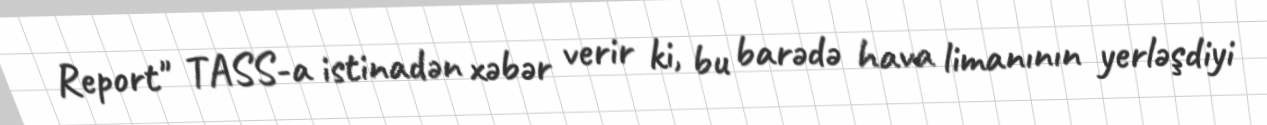
Report" TASS-a istinadən xəbər verir ki, bu barədə hava limanının yerləşdiyi